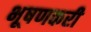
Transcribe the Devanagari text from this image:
भूषणकरी